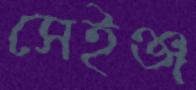
সেইঞ্জ